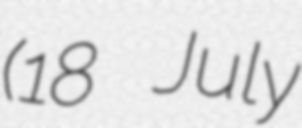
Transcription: (18 July